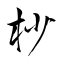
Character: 杪